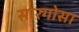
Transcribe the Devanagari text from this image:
सारगोसा